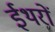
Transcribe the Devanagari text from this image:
ईथरों